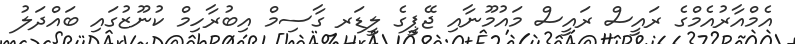
އެމްއާރުއެމްގެ ރައީސް ރައީސް މައުމޫނާއި ޖޭޕީގެ ލީޑަރ ގާސިމް އިބުރާހިމް ކުނޫޒުގައި ބައްދަލު